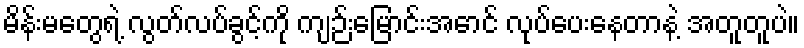
မိန်းမတွေရဲ့ လွတ်လပ်ခွင့်ကို ကျဉ်းမြောင်းအောင် လုပ်ပေးနေတာနဲ့ အတူတူပဲ။